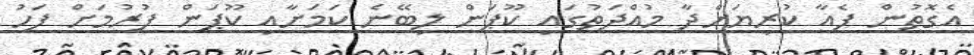
އެގޮތުން ފެއާ ކުރިޔަށްދާ މުއްދަތުގައި ކޫޕަން ލިބޭނެ ކަމަށާއި ކޫޕަން ފުރުމަށް ފަހު